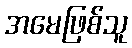
အမေဖြစ်သူ